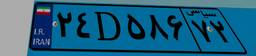
۱۰D۱۳۹۳۴